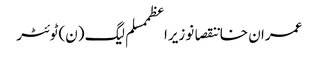
عمران خاننقصانوزیراعظممسلم لیگ (ن)ٹوئٹر